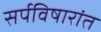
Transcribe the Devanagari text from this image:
सर्पविषारांत